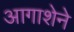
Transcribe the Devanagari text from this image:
आगाशेने